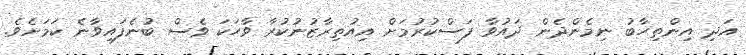
އަދި އިންތިހާބު ނިމެންދެން ދައުވާ ފަސްކުރުމަށް އިއުތިރާޒުނުކުރާ ވާހަކަ ވެސް ބުނެފައިވާނެ ކަމަށެވެ.